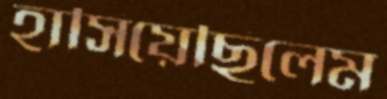
হাসিয়েছিলেম